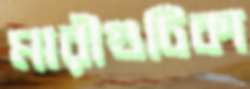
মারীগুটিকা